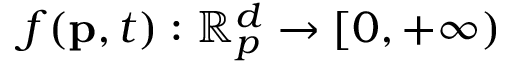
f ( \mathbf { p } , t ) : \mathbb { R } _ { p } ^ { d } \rightarrow [ 0 , + \infty )